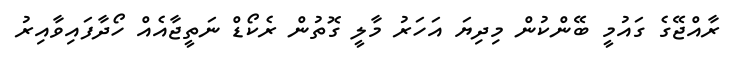
ރާއްޖޭގެ ގައުމީ ބޭންކުން މިދިޔަ އަހަރު މާލީ ގޮތުން ރެކޯޑް ނަތީޖާއެއް ހޯދާފައިވާއިރު